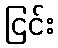
ငြင်း